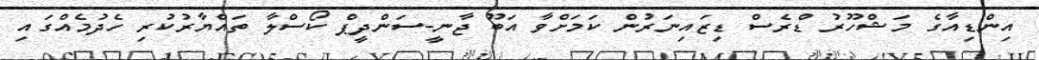
އިންޑިއާގެ މަޝްހޫރު ޑްރެސް ޑިޒައިނަރުން ކަމަށްވާ އަބޫ ޖާނީ-ސަންދީޕް ކޯސްލާ ތައްޔާރުކުރި ހެދުމެއްގައި